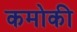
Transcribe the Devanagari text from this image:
कमोकी